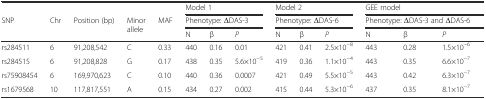
<table><thead><tr><td></td><td></td><td></td><td></td><td></td><td colspan="3"><b>Model 1</b></td><td colspan="3"><b>Model 2</b></td><td colspan="3"><b>GEE model</b></td></tr><tr><td rowspan="2"><b>SNP</b></td><td rowspan="2"><b>Chr</b></td><td rowspan="2"><b>Position (bp)</b></td><td rowspan="2"><b>Minor allele</b></td><td rowspan="2"><b>MAF</b></td><td colspan="3"><b>Phenotype: ΔDAS-3</b></td><td colspan="3"><b>Phenotype: ΔDAS-6</b></td><td colspan="3"><b>Phenotype: ΔDAS-3 and ΔDAS-6</b></td></tr><tr><td><b>N</b></td><td><b>β</b></td><td><b><i>P</i></b></td><td><b>N</b></td><td><b>β</b></td><td><b><i>P</i></b></td><td><b>N</b></td><td><b>β</b></td><td><b><i>P</i></b></td></tr></thead><tbody><tr><td>rs284511</td><td>6</td><td>91,208,542</td><td>C</td><td>0.33</td><td>440</td><td>0.16</td><td>0.01</td><td>421</td><td>0.41</td><td>2.5×10<sup>−8</sup></td><td>443</td><td>0.28</td><td>1.5×10<sup>−6</sup></td></tr><tr><td>rs284515</td><td>6</td><td>91,208,828</td><td>G</td><td>0.17</td><td>438</td><td>0.35</td><td>5.6×10<sup>−5</sup></td><td>419</td><td>0.36</td><td>1.1×10<sup>−4</sup></td><td>443</td><td>0.35</td><td>6.6×10<sup>−7</sup></td></tr><tr><td>rs75908454</td><td>6</td><td>169,970,623</td><td>C</td><td>0.10</td><td>440</td><td>0.36</td><td>0.0007</td><td>421</td><td>0.49</td><td>5.5×10<sup>−5</sup></td><td>443</td><td>0.42</td><td>6.3×10<sup>−7</sup></td></tr><tr><td>rs1679568</td><td>10</td><td>117,817,551</td><td>A</td><td>0.15</td><td>434</td><td>0.27</td><td>0.002</td><td>415</td><td>0.44</td><td>5.3×10<sup>−6</sup></td><td>437</td><td>0.35</td><td>8.1×10<sup>−7</sup></td></tr></tbody></table>